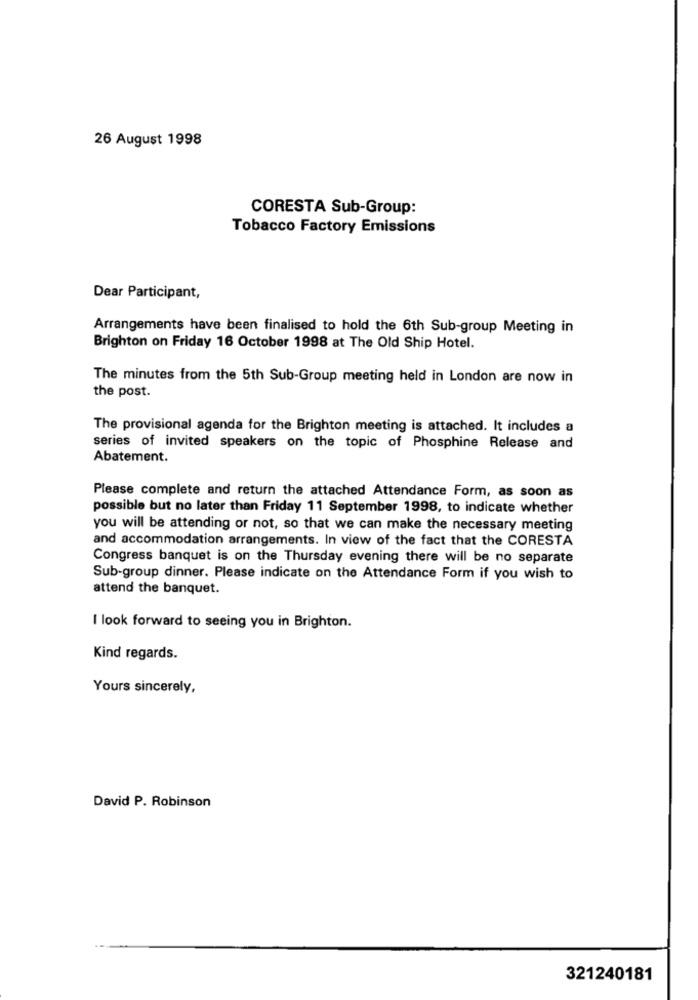
26 August 1998
CORESTA Sub-Group:
Tobacco Factory Emissions
Dear Participant,
Arrangements have been finalised to hold the 6th Sub-group Meeting in
Brighton on Friday 16 October 1998 at The Old Ship Hotel.
The minutes from the 5th Sub-Group meeting held in London are now in
the post.
The provisional agenda for the Brighton meeting is attached. It includes a
series of invited speakers on the topic of Phosphine Release and
Abatement.
Please complete and return the attached Attendance Form, as soon as
possible but no later than Friday 11 September 1998, to indicate whether
you will be attending or not, so that we can make the necessary meeting
and accommodation arrangements. In view of the fact that the CORESTA
Congress banquet is on the Thursday evening there will be no separate
Sub-group dinner. Please indicate on the Attendance Form if you wish to
attend the banquet.
I look forward to seeing you in Brighton.
Kind regards.
Yours sincerely,
David P. Robinson
321240181